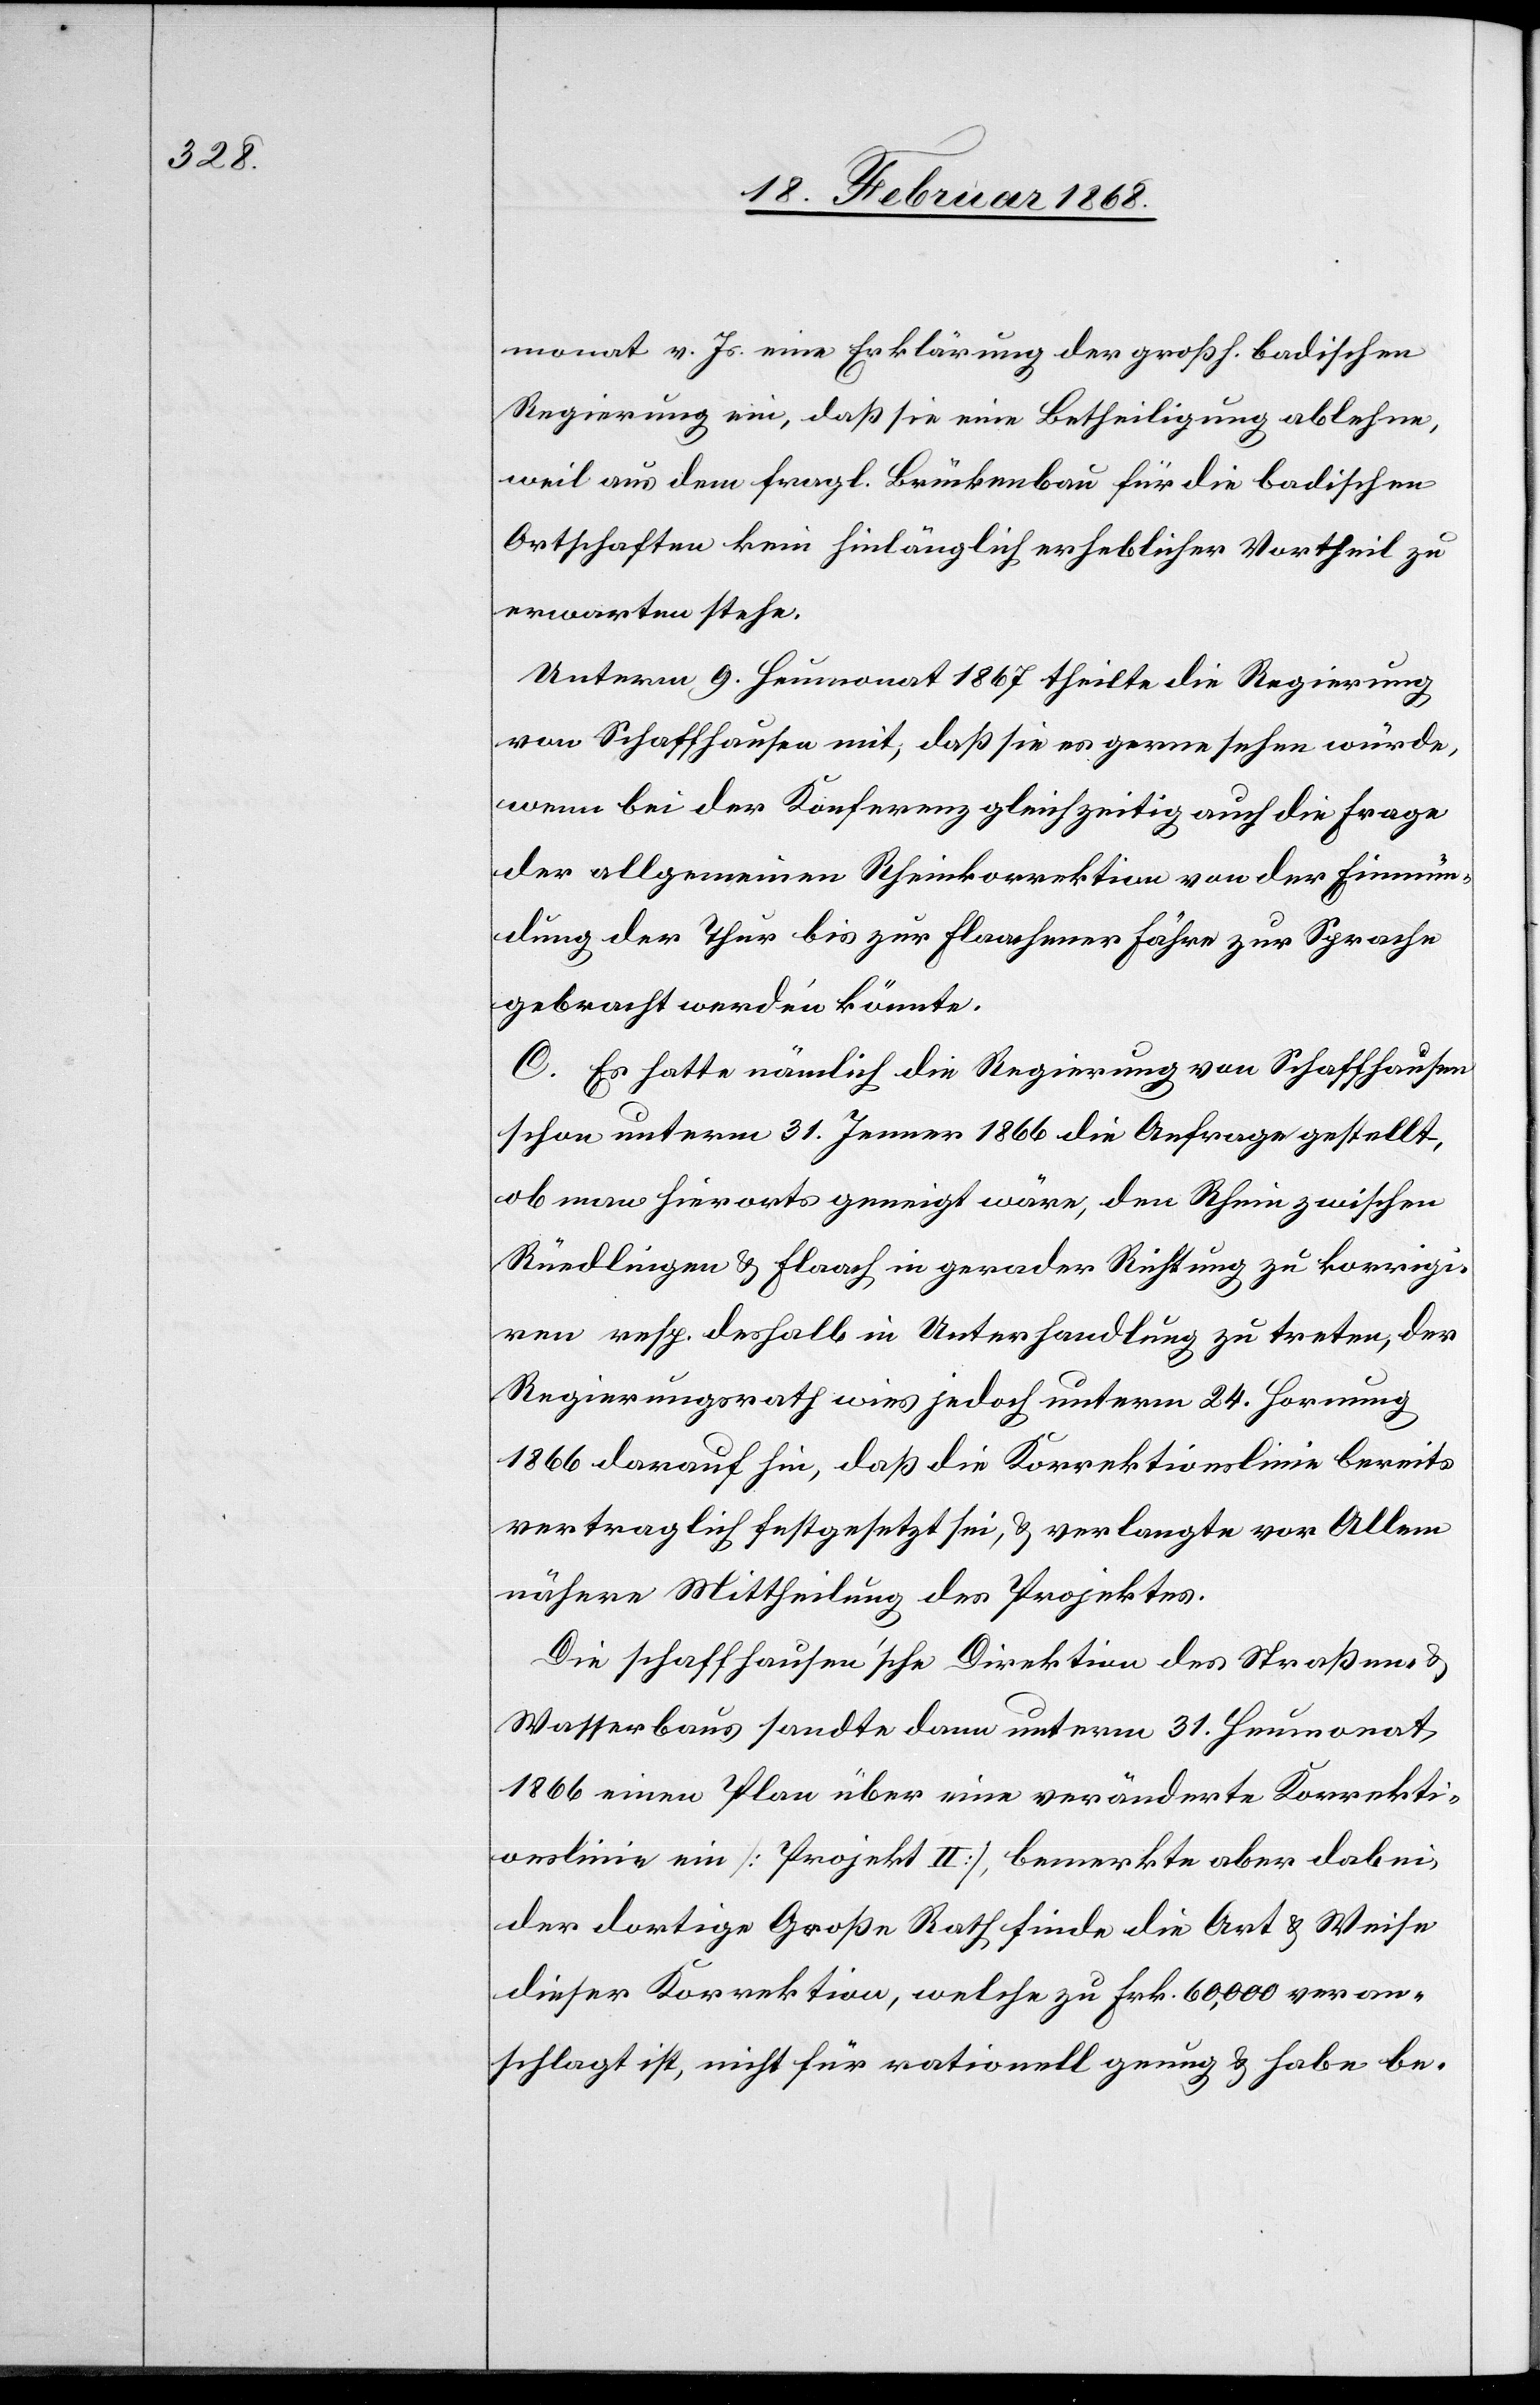
monat v. Js. eine Erklärung der großh. badischen
Regierung ein, daß sie eine Betheiligung ablehne,
weil aus dem fragl. Brückenbau für die badischen
Ortschaften kein hinlänglich erheblicher Vortheil zu
erwarten stehe.
Unterm 9. Heumonat 1867 theilte die Regierung
von Schaffhausen mit, daß sie es gerne sehen würde,
wenn bei der Konferenz gleichzeitig auch die Frage
der allgemeinen Rheinkorrektion von der Einmün¬
dung der Thur bis zur Flaachener Fähre zur Sprache
gebracht werden könnte.
C. Es hatte nämlich die Regierung von Schaffhausen
schon unterm 31. Jenner 1866 die Anfrage gestellt,
ob man hierorts geneigt wäre, den Rhein zwischen
Rüedlingen & Flaach in gerader Richtung zu korrigi¬
ren resp. deshalb in Unterhandlung zu treten, der
Regierungsrath wies jedoch unterm 24. Hornung
1866 darauf hin, daß die Korrektionslinie bereits
vertraglich festgesetzt sei, & verlangte vor Allem
nähere Mittheilung des Projektes.
Die schaffhausen’sche Direktion des Straßen- &
Wasserbaus sandte dann unterm 31. Heumonat
1866 einen Plan über eine veränderte Korrekti¬
onslinie ein [Projekt II], bemerkte aber dabei,
der dortige Große Rath finde die Art & Weise
dieser Korrektion, welche zu Frk. 60,000 veran¬
schlagt ist, nicht für rationell genug & habe be-